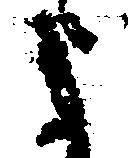
よ